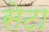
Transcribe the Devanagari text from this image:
सेटा